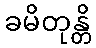
ခမိတုန္တိ